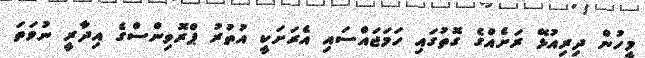
މީހުން ދިރިއުޅޭ ރަށެއްގެ ގޮތުގައި ހަމަޖައްސައި އެރަށަކީ އުތުރު ޕްރޮވިންސްގެ އިދާރީ ނުވަތަ